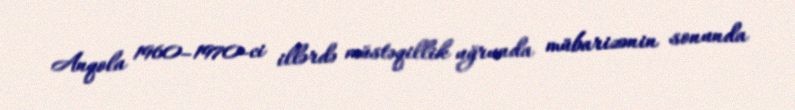
Anqola 1960–1970-ci illərdə müstəqillik uğrunda mübarizənin sonunda